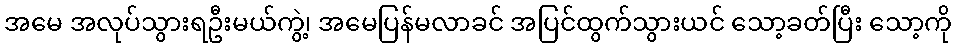
အမေ အလုပ်သွားရဦးမယ်ကွဲ့၊ အမေပြန်မလာခင် အပြင်ထွက်သွားယင် သော့ခတ်ပြီး သော့ကို